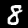
Digit: 8